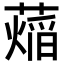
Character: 𬞨